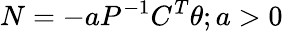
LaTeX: N=-aP^{-1}C^{T}\theta;a>0